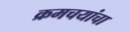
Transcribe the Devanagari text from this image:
क्रमचयांचा